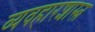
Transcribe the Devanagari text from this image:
व्यवहारशास्त्र